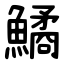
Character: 鱊